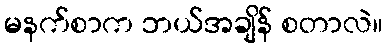
မနက်စာက ဘယ်အချိန် စတာလဲ။